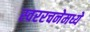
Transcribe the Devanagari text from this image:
स्वररचनेमध्ये